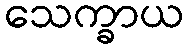
သေက္ခာယ